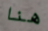
هنا